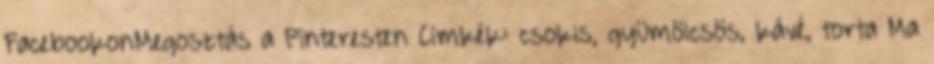
FacebookonMegosztás a Pinteresten Címkék: csokis, gyümölcsös, kávé, torta Ma